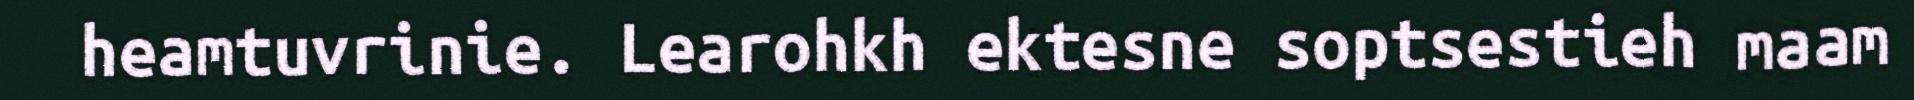
heamtuvrinie. Learohkh ektesne soptsestieh maam